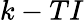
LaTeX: k-TI